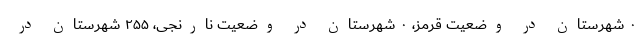
۰ شهرستان در وضعیت قرمز، ۰ شهرستان در وضعیت نارنجی، ۲۵۵ شهرستان در